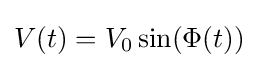
V(t)=V_{0}\sin(\Phi (t))